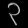
Digit: ၃